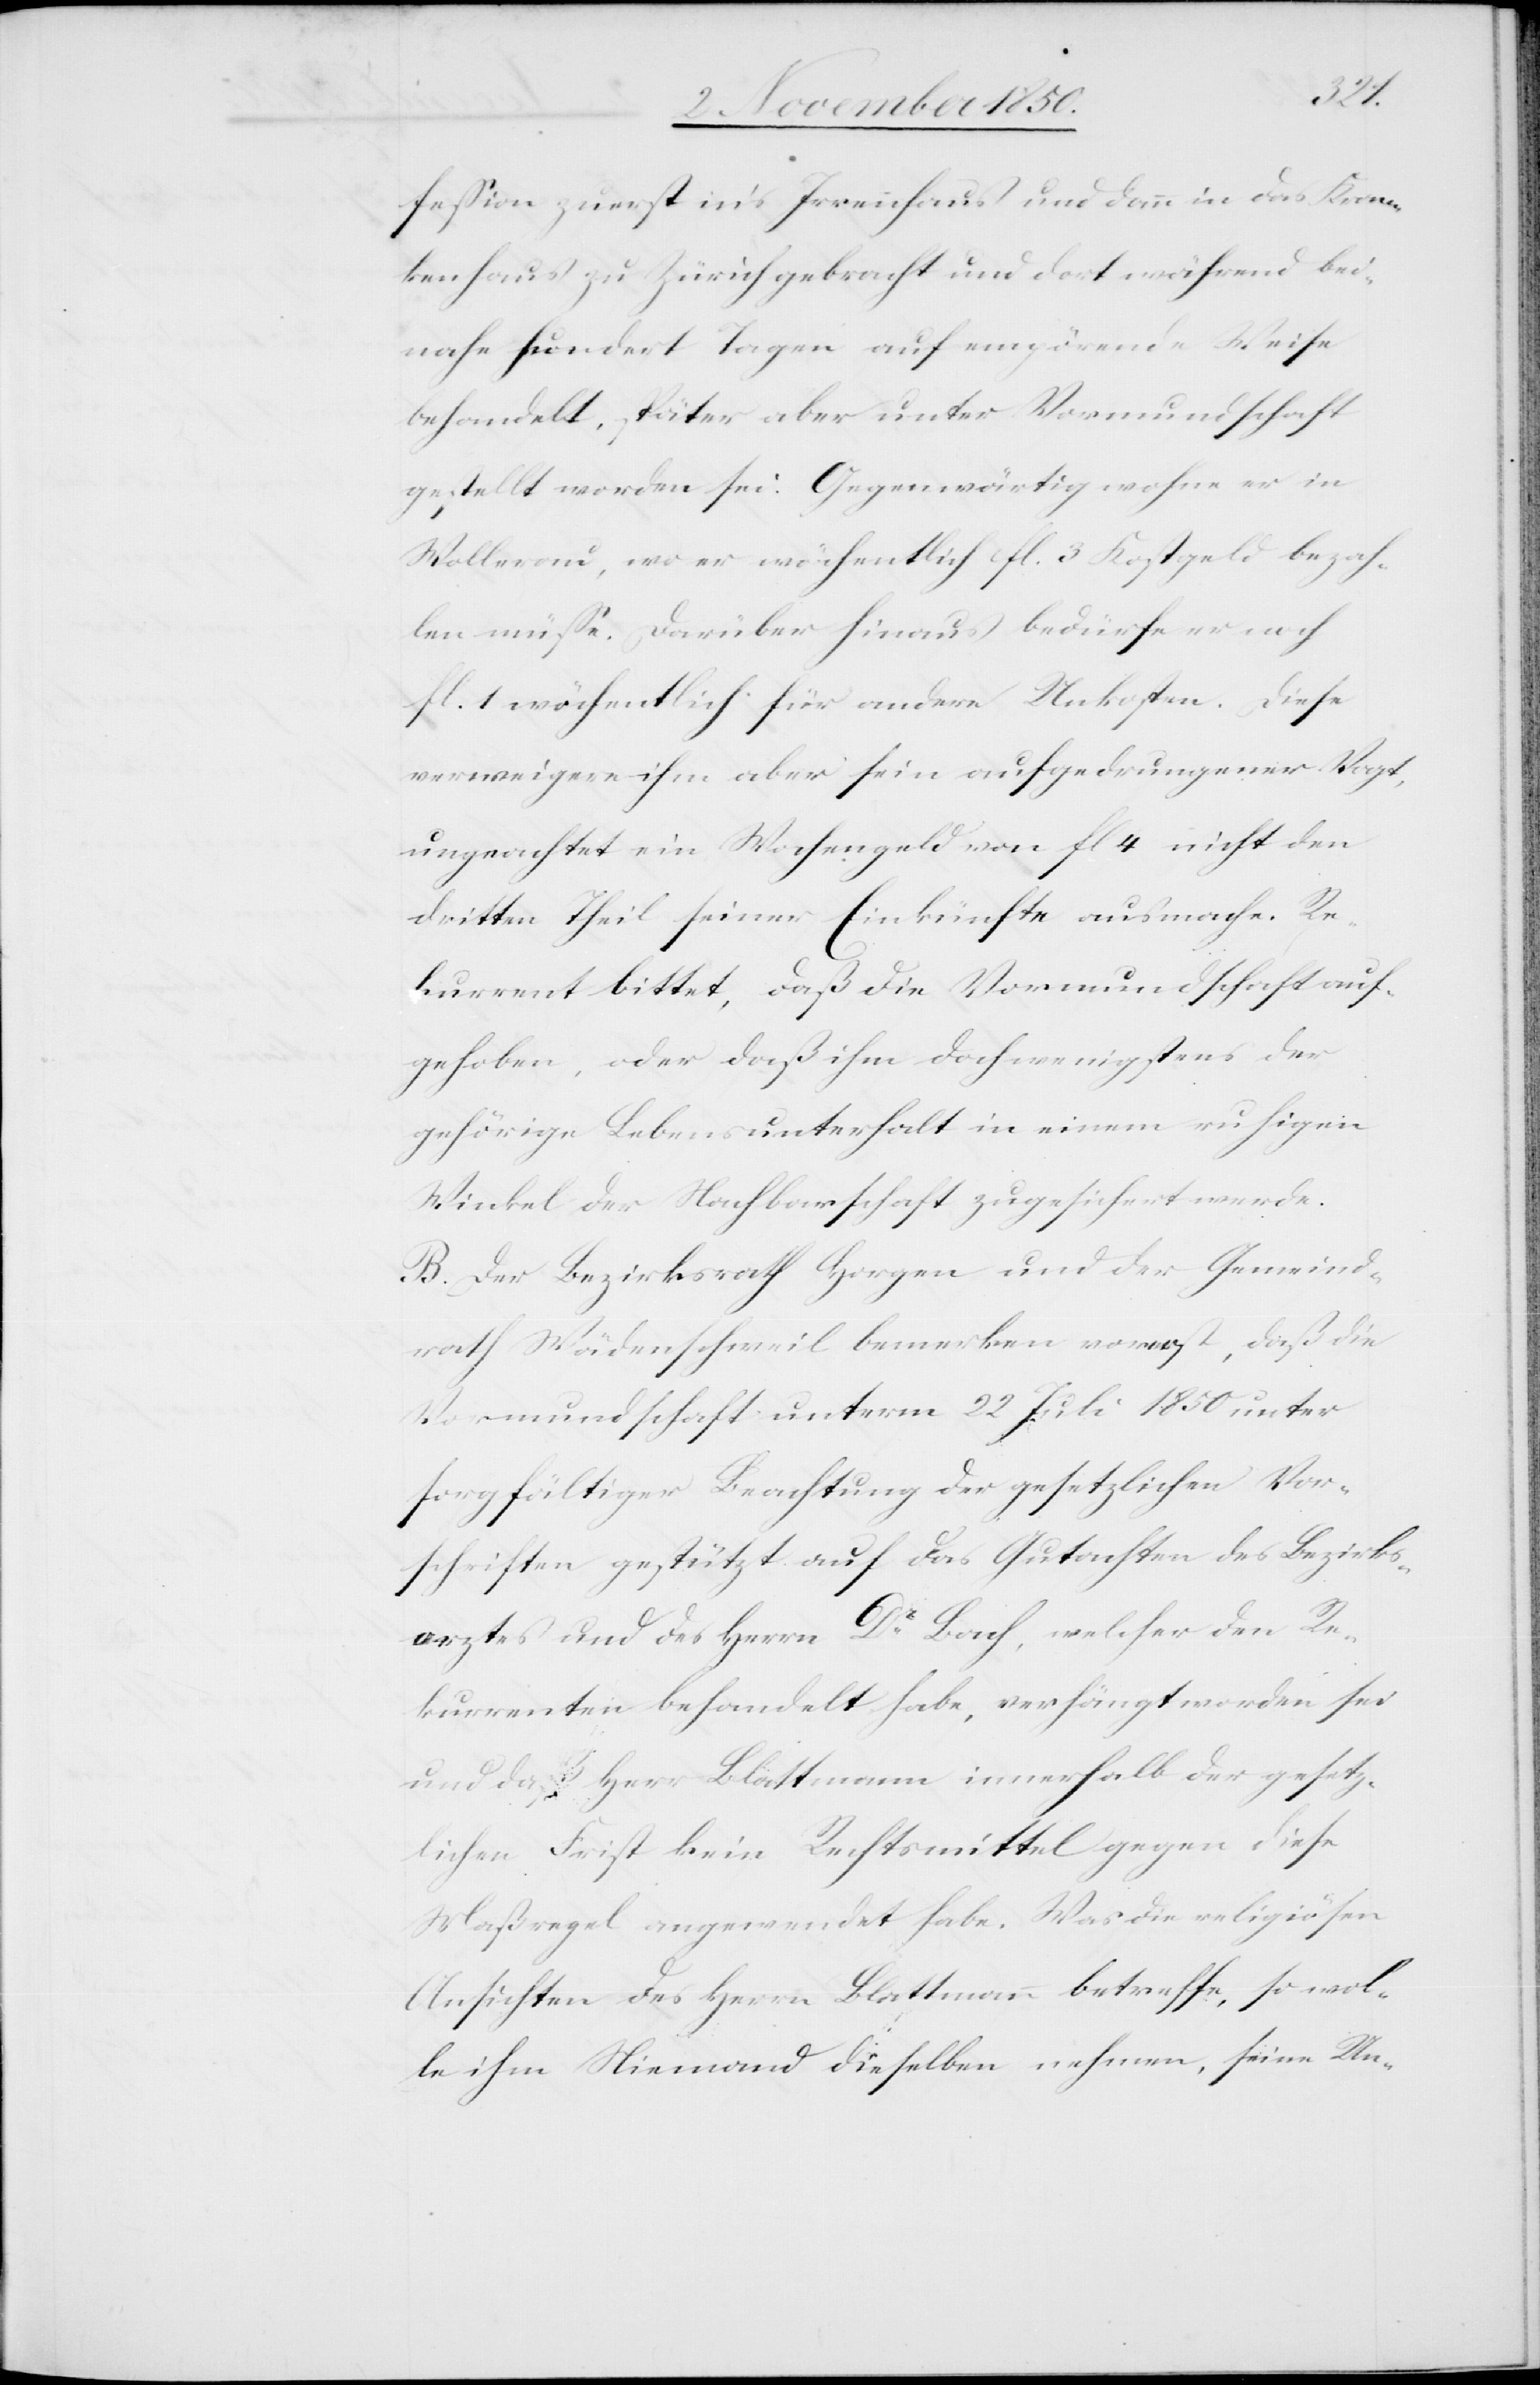
fession zuerst in’s Irrenhaus und dann in das Kran¬
kenhaus zu Zürich gebracht und dort während bei¬
nahe hundert Tagen auf empörende Weise
behandelt, später aber unter Vormundschaft
gestellt worden sei. gegenwärtig wohne er in
Wollerau, wo er wöchentlich fl. 3 Kostgeld bezah¬
len müsse. Darüber hinaus bedürfe er noch
fl. 1 wöchentlich für andere Unkosten. Diese
verweigere ihm aber sein aufgedrungener Vogt,
ungeachtet ein Wochengeld von fl 4 nicht den
dritten Theil seiner Einkünfte ausmache. Re¬
kurrent bittet, daß die Vormundschaft auf¬
gehoben, oder daß ihm doch wenigstens der
gehörige Lebensunterhalt in einem ruhigen
Winkel der Nachbarschaft zugesichert werde.
B. Der Bezirksrath Horgen und der Gemeind¬
rath Wädenschweil bemerken vorerst, daß die
Vormundschaft unterm 22 Juli 1850 unter
sorgfältiger Beachtung der gesetzlichen Vor¬
schriften gestützt auf das Gutachten des Bezirks¬
arztes und des Herrn Dr Bach, welcher den Re¬
kurrenten behandelt habe, verhängt worden sei
und daß Herr Blattmann innerhalb der gesetz¬
lichen Frist kein Rechtsmittel gegen diese
Maßregel angewendet habe. Was die religiösen
Ansichten des Herrn Blattmann betreffe, so wol¬
le ihm Niemand dieselben nehmen, seine Un-